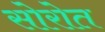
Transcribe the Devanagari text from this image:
सोरोत